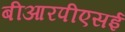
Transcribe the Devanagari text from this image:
बीआरपीएसई